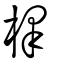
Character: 檡